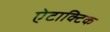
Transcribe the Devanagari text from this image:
ऐटाक्टिक